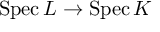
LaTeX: \operatorname { S p e c } L \to \operatorname { S p e c } K